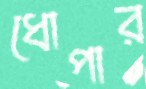
ধোপার